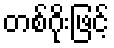
တစ်ဂိုးဖြင့်